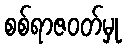
စစ်ရာဇဝတ်မှု